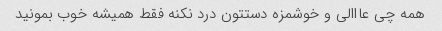
همه چى عااالى و خوشمزه دستتون درد نکنه فقط همیشه خوب بمونید